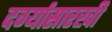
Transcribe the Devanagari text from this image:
दर्ग्यासारखी